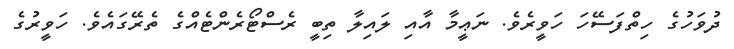
ދުވަހުގެ ހިތްފަސޭހަ ހަވީރެވެ. ނަޢީމާ އާއި ލައިލާ ތިބީ ރެސްޓޯރެންޓެއްގެ ތެރޭގައެވެ. ހަވީރުގެ